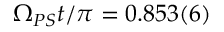
\Omega _ { P S } t / \pi = 0 . 8 5 3 ( 6 )